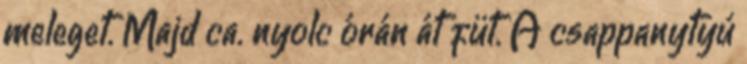
meleget. Majd ca. nyolc órán át füt. A csappanytyú